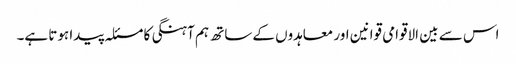
اس سے بین الاقوامی قوانین اور معاہدوں کے ساتھ ہم آہنگی کا مسئلہ پیدا ہوتا ہے۔